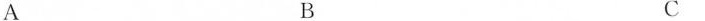
A B C